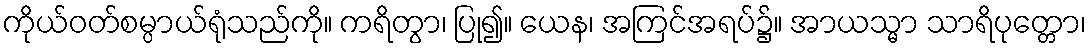
ကိုယ်ဝတ်စမ္ပာယ်ရုံသည်ကို။ ကရိတွာ၊ ပြု၍။ ယေန၊ အကြင်အရပ်၌။ အာယသ္မာ သာရိပုတ္တော၊